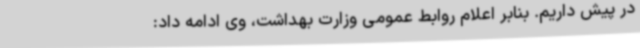
در پیش داریم. بنابر اعلام روابط عمومی وزارت بهداشت، وی ادامه داد: